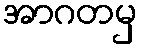
အာဂတမှ